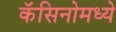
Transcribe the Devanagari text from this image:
कॅसिनोमध्ये